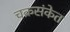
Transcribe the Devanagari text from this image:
चक्रसंकेत